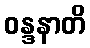
ဝန္ဒနာတိ